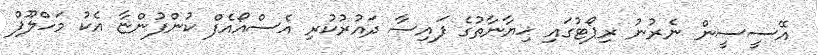
އޭސީސީން ނެރުނު ރިޕޯޓުގައި ޚިޔާނާތުގެ ފައިސާ ދައުރުކުރި އެސްއޯއެފް ކުންފުންޏާ އެކު މަހްލޫފް